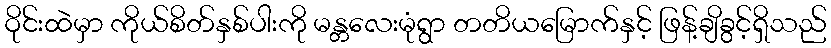
ဝိုင်းထဲမှာ ကိုယ်စိတ်နှစ်ပါးကို မန္တလေးမုံရွာ တတိယမြောက်နှင့် ဖြန့်ချိခွင့်ရှိသည်